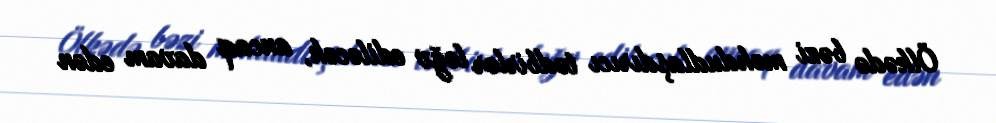
Ölkədə bəzi məhdudlaşdırıcı tədbirlər ləğv ediləcək, ancaq davam edən